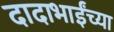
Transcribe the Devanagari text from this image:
दादाभाईंच्या